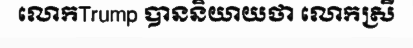
លោកTrump បាននិយាយថា លោកស្រី